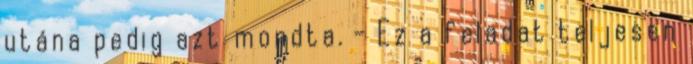
utána pedig azt mondta. - Ez a feladat teljesen